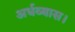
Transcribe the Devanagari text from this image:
अर्धव्यास।